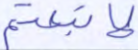
لاتبعتم